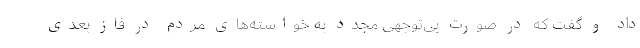
داد و گفت که در صورت بی‌توجهی مجدد به خواسته‌های مردم در فاز بعدی